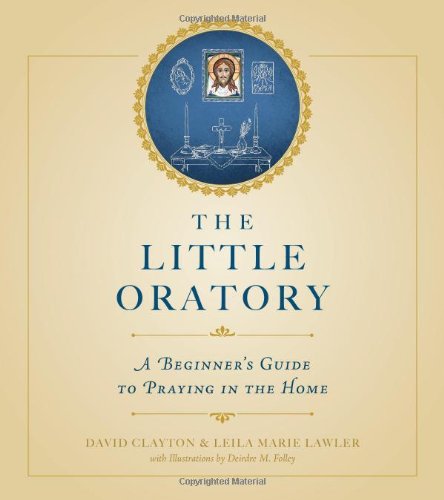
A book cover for The Little Oratory: A Beginner's Guide to Praying in the Home; David Clayton; Christian Books & Bibles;